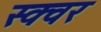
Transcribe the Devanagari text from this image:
स्क्वर